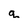
Character: a